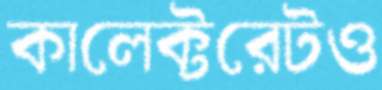
কালেক্টরেটও